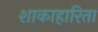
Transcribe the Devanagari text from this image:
शाकाहारिता